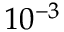
1 0 ^ { - 3 }